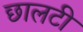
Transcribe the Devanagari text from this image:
छालटी